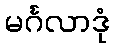
မင်္ဂလာဒုံ